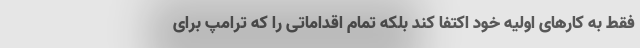
فقط به کارهای اولیه خود اکتفا کند بلکه تمام اقداماتی را که ترامپ برای